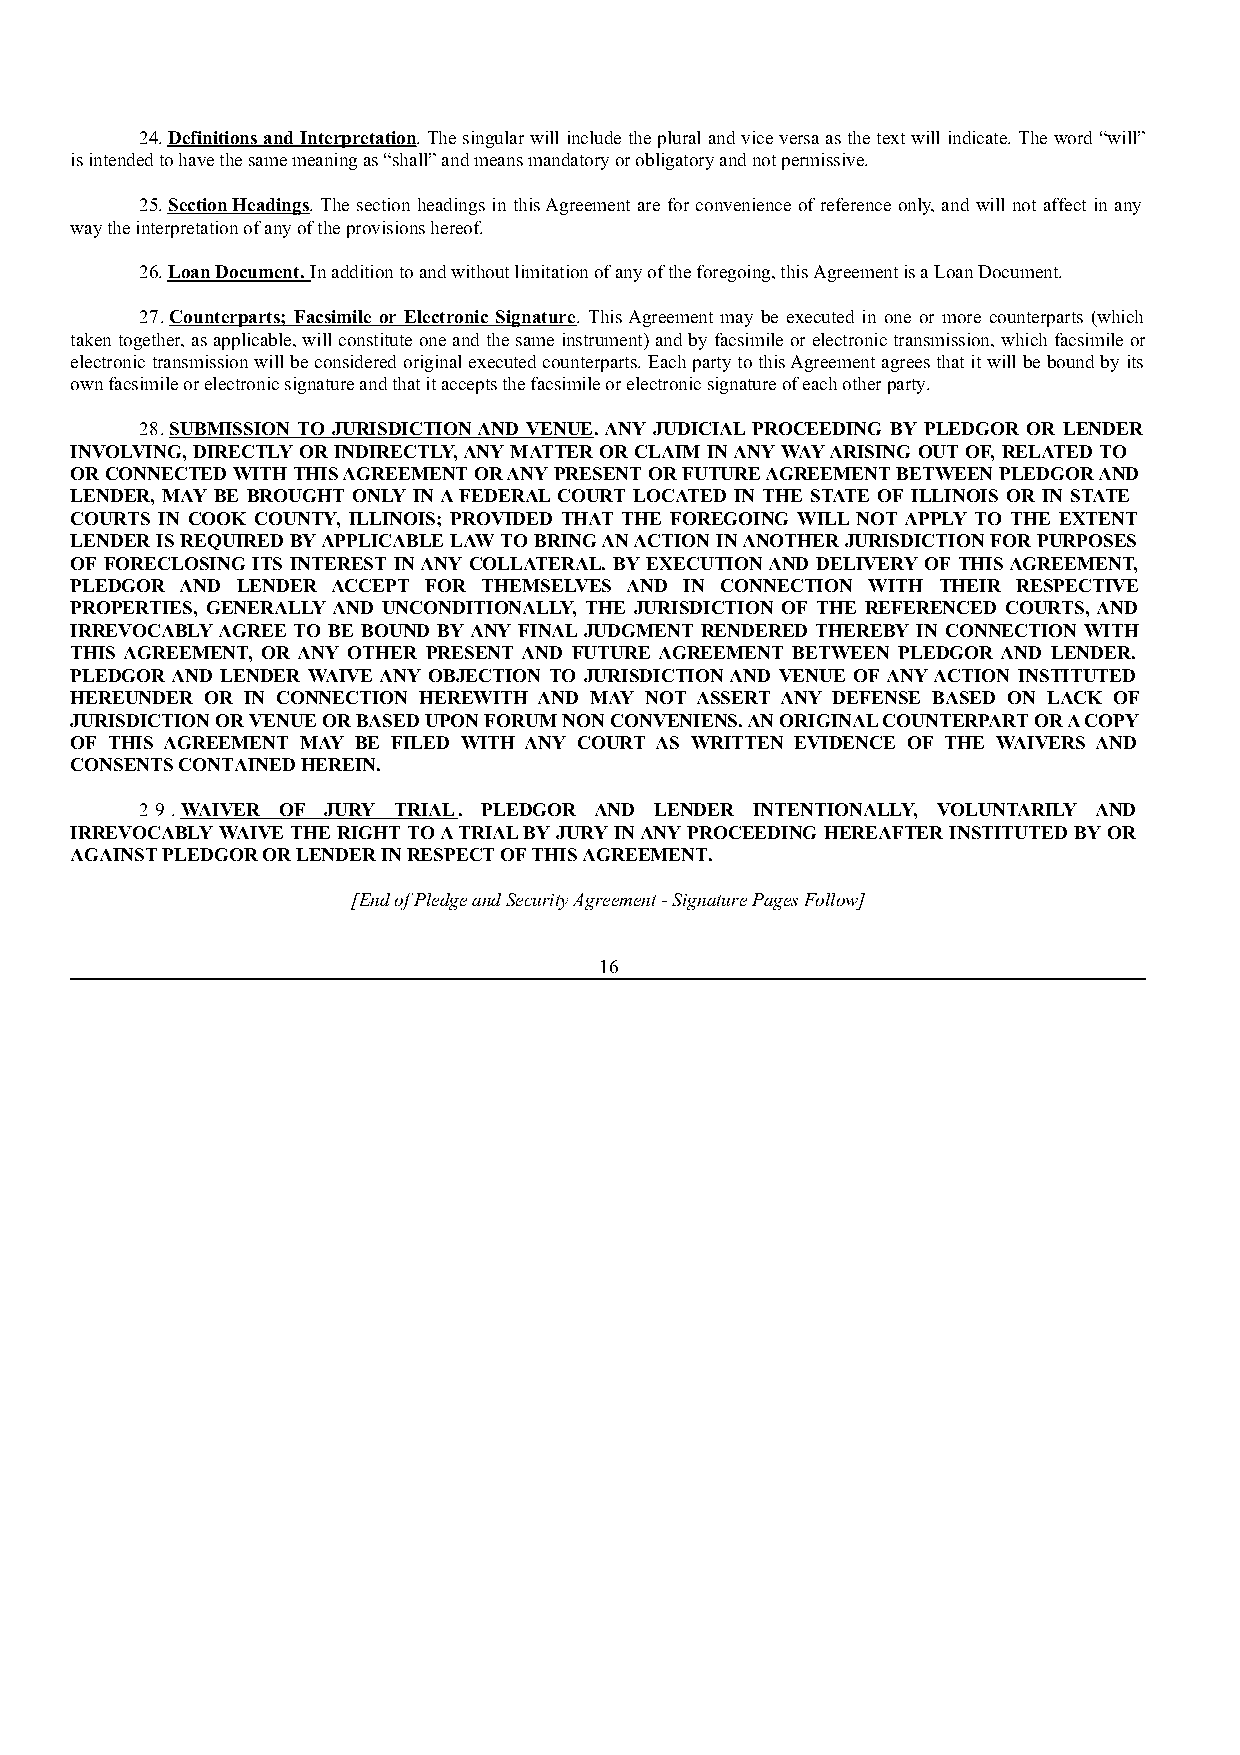
24. Definitions and Interpretation. The singular will include the plural and vice versa as the text will indicate. The word “will”
 is intended to have the same meaning as “shall” and means mandatory or obligatory and not permissive.
 25. Section Headings. The section headings in this Agreement are for convenience of reference only, and will not affect in any
 way the interpretation of any of the provisions hereof.
 26. Loan Document. In addition to and without limitation of any of the foregoing, this Agreement is a Loan Document.
 27. Counterparts; Facsimile or Electronic Signature. This Agreement may be executed in one or more counterparts (which
 taken together, as applicable, will constitute one and the same instrument) and by facsimile or electronic transmission, which facsimile or
 electronic transmission will be considered original executed counterparts. Each party to this Agreement agrees that it will be bound by its
 own facsimile or electronic signature and that it accepts the facsimile or electronic signature of each other party.
 28. SUBMISSION TO JURISDICTION AND VENUE. ANY JUDICIAL PROCEEDING BY PLEDGOR OR LENDER
 INVOLVING, DIRECTLY OR INDIRECTLY, ANY MATTER OR CLAIM IN ANY WAY ARISING OUT OF, RELATED TO
 OR CONNECTED WITH THIS AGREEMENT OR ANY PRESENT OR FUTURE AGREEMENT BETWEEN PLEDGOR AND
 LENDER, MAY BE BROUGHT ONLY IN A FEDERAL COURT LOCATED IN THE STATE OF ILLINOIS OR IN STATE
 COURTS IN COOK COUNTY, ILLINOIS; PROVIDED THAT THE FOREGOING WILL NOT APPLY TO THE EXTENT
 LENDER IS REQUIRED BY APPLICABLE LAW TO BRING AN ACTION IN ANOTHER JURISDICTION FOR PURPOSES
 OF FORECLOSING ITS INTEREST IN ANY COLLATERAL. BY EXECUTION AND DELIVERY OF THIS AGREEMENT,
 PLEDGOR AND LENDER ACCEPT FOR THEMSELVES AND IN CONNECTION WITH THEIR RESPECTIVE
 PROPERTIES, GENERALLY AND UNCONDITIONALLY, THE JURISDICTION OF THE REFERENCED COURTS, AND
 IRREVOCABLY AGREE TO BE BOUND BY ANY FINAL JUDGMENT RENDERED THEREBY IN CONNECTION WITH
 THIS AGREEMENT, OR ANY OTHER PRESENT AND FUTURE AGREEMENT BETWEEN PLEDGOR AND LENDER.
 PLEDGOR AND LENDER WAIVE ANY OBJECTION TO JURISDICTION AND VENUE OF ANY ACTION INSTITUTED
 HEREUNDER OR IN CONNECTION HEREWITH AND MAY NOT ASSERT ANY DEFENSE BASED ON LACK OF
 JURISDICTION OR VENUE OR BASED UPON FORUM NON CONVENIENS. AN ORIGINAL COUNTERPART OR A COPY
 OF THIS AGREEMENT MAY BE FILED WITH ANY COURT AS WRITTEN EVIDENCE OF THE WAIVERS AND
 CONSENTS CONTAINED HEREIN.
 2 9 . WAIVER OF JURY TRIAL. PLEDGOR AND LENDER INTENTIONALLY, VOLUNTARILY AND
 IRREVOCABLY WAIVE THE RIGHT TO A TRIAL BY JURY IN ANY PROCEEDING HEREAFTER INSTITUTED BY OR
 AGAINST PLEDGOR OR LENDER IN RESPECT OF THIS AGREEMENT.
 [End of Pledge and Security Agreement - Signature Pages Follow]
 16